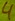
Text: 4